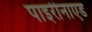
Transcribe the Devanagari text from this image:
पाइरीनाएड